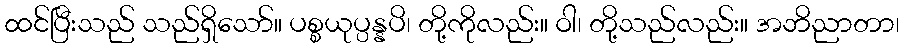
ထင်ပြီးသည် သည်ရှိသော်။ ပစ္စယုပ္ပန္နပိ၊ တို့ကိုလည်း။ ဝါ၊ တို့သည်လည်း။ အဘိညာတာ၊